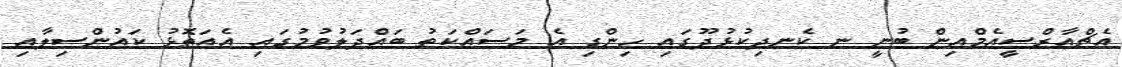
އެޗްއާރްސީއެމްއިން ބުނީ ނ ކެނދިކުޅުދޫގައި ހިންގި އެ މަސައްކަތު ބައްދަލުވުމުގައި އެއަތޮޅު ކައުންސިލާއި